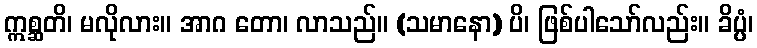
ဣစ္ဆတိ၊ မလိုလား။ အာဂ တော၊ လာသည်။ (သမာနော) ပိ၊ ဖြစ်ပါသော်လည်း။ ခိပ္ပံ၊